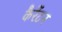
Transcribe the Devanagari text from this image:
कैरेंटन